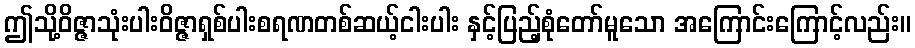
ဤသို့ဝိဇ္ဇာသုံးပါးဝိဇ္ဇာရှစ်ပါးစရဏတစ်ဆယ့်ငါးပါး နှင့်ပြည့်စုံတော်မူသော အကြောင်းကြောင့်လည်း။